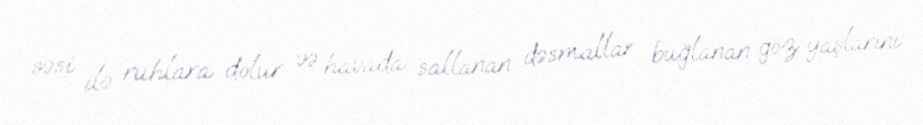
səsi ilə ruhlara dolur və havada sallanan dəsmallar buğlanan göz yaşlarını